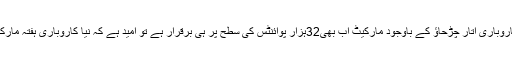
اسٹاک ماہرین کے مطابق کیونکہ کاروباری اتار چڑحاؤ کے باوجود مارکیٹ اب بھی32ہزار پوائنٹس کی سطح پر ہی برقرار ہے تو امید ہے کہ نیا کاروباری ہفتہ مارکیٹ میں تیزی کا سبب بن سکتا ہے ۔